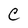
Character: C